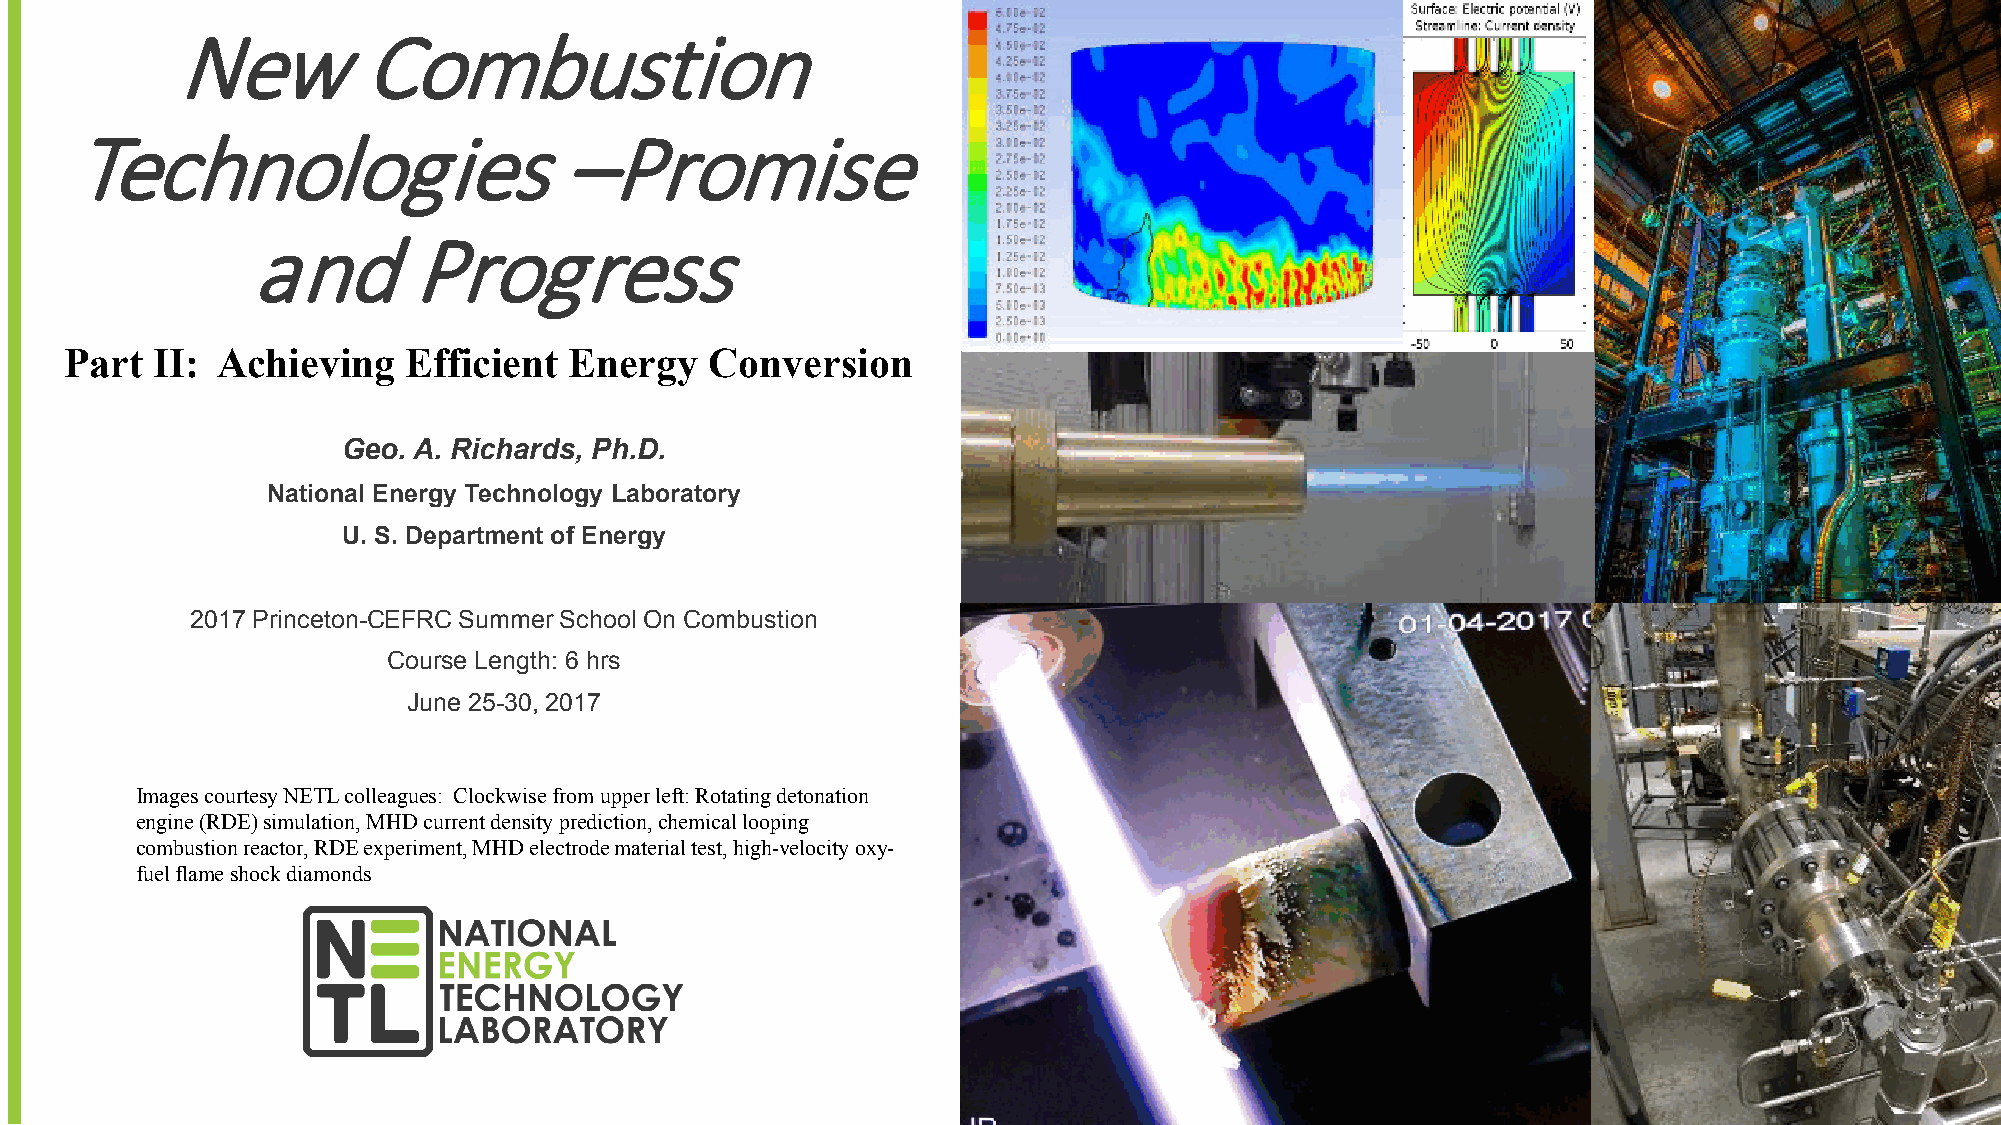
New          Combustion
 Technologies                     –Promise
 and        Progress
 Part  II: Achieving    Efficient  Energy   Conversion
 Geo. A. Richards, Ph.D.
 National Energy Technology Laboratory
 U. S. Department of Energy
 2017 Princeton-CEFRC Summer School On Combustion
 Course Length: 6 hrs
 June 25-30, 2017
 Images courtesy NETL colleagues: Clockwise from upper left: Rotating detonation
 engine (RDE) simulation, MHD current density prediction, chemical looping
 combustion reactor, RDE experiment, MHD electrode material test, high-velocity oxy-
 fuel flame shock diamonds